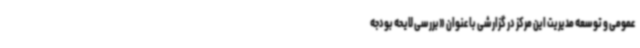
عمومی و توسعه مدیریت این مرکز در گزارشی با عنوان «بررسی لایحه بودجه